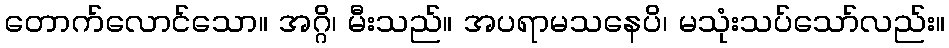
တောက်လောင်သော။ အဂ္ဂိ၊ မီးသည်။ အပရာမသနေပိ၊ မသုံးသပ်သော်လည်း။